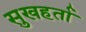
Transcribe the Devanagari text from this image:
सुखहर्ता